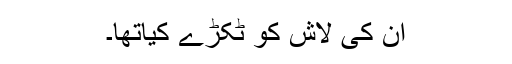
ان کی لاش کو ٹکڑے کیاتھا۔